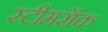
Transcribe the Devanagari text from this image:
स्टीमरॉक